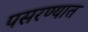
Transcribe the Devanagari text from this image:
पसरण्यात